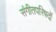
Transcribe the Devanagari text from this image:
संगीतपरिषदों